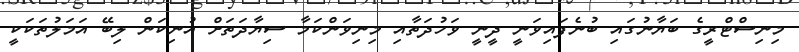
މިނިސްޓްރީގެ ބަޔާނުގައި ބުނެފައިވަނީ ދީނީ ވަހުދަތާއި މިނިވަންކަމާ ސިޔާދަތަށް އުނިކަން ލިބޭ އަމަލުތަަކަކީ